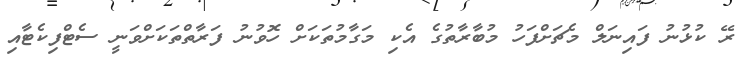
ރޭ ކުޅުނު ފައިނަލް މެޗަށްފަހު މުބާރާތުގެ އެކި މަގާމުތަކަށް ހޮވުނު ފަރާތްތަކަށްވަނީ ސެޓްފިކެޓާއި